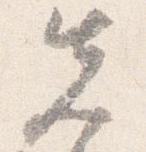
先